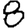
Digit: 8